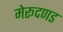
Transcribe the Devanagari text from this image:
मेरूदणड